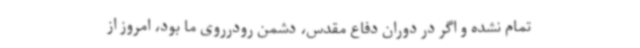
تمام نشده و اگر در دوران دفاع مقدس، دشمن رودرروی ما بود، امروز از